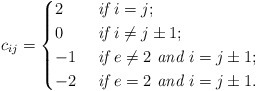
\begin{align*}c_{ij}=\begin{cases}2 &\textit{ if } i=j;\\0 &\textit{ if } i\neq j\pm 1;\\-1 & \textit{ if } e\neq 2\textit{ and } i=j\pm1;\\-2 & \textit{ if } e= 2\textit{ and } i=j\pm1.\end{cases}\end{align*}